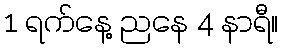
1 ရက်နေ့ ညနေ 4 နာရီ။